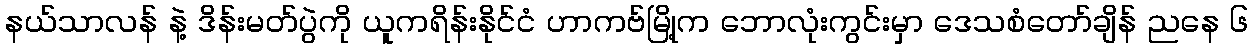
နယ်သာလန် နဲ့ ဒိန်းမတ်ပွဲကို ယူကရိန်းနိုင်ငံ ဟာကဗ်မြို့က ဘောလုံးကွင်းမှာ ဒေသစံတော်ချိန် ညနေ ၆